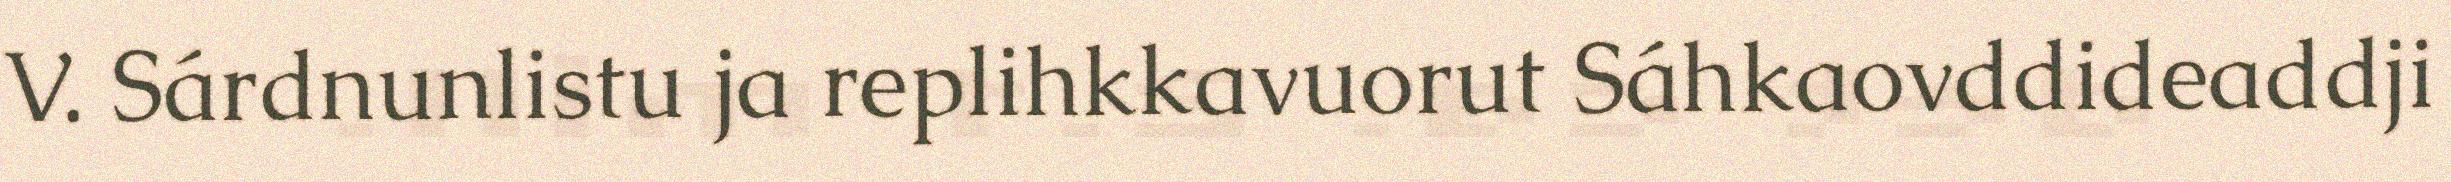
V. Sárdnunlistu ja replihkkavuorut Sáhkaovddideaddji